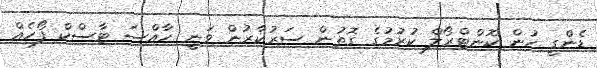
ޑެންގީ ހުން ކޮންޓްރޯލް ކުރުމުގެ ގޮތުން ސަރުކާރުން ވަނީ ހާއްސަ ޓާސްކް ފޯހެއް